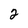
Character: 2